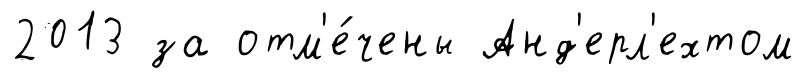
2013 за отм'е́чены Анд'ерл'ехтом